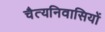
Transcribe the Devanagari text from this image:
चैत्यनिवासियों